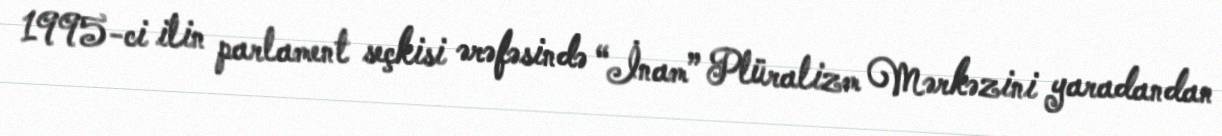
1995-ci ilin parlament seçkisi ərəfəsində “İnam” Plüralizm Mərkəzini yaradandan